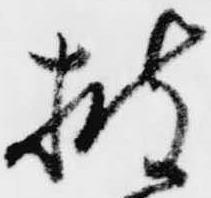
披